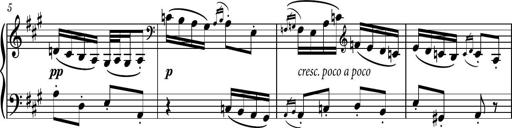
Title: Piano Sonatina No.6
Composer: Dimitri Sykias
Key: A major